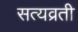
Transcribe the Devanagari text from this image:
सत्यव्रती